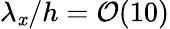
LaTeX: \lambda_{\mathit{x}}/h=\mathcal{{O}}(10)